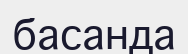
басанда